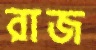
রাজ